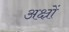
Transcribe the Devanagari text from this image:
अक्ष्रों